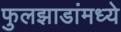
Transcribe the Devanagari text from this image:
फुलझाडांमध्ये